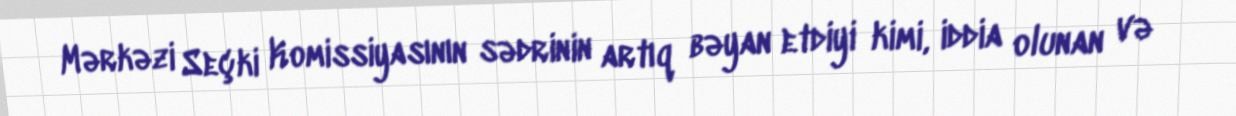
Mərkəzi Seçki Komissiyasının sədrinin artıq bəyan etdiyi kimi, iddia olunan və